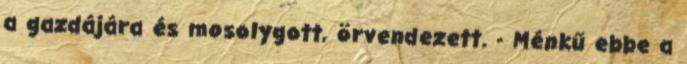
a gazdájára és mosolygott, örvendezett. - Ménkű ebbe a